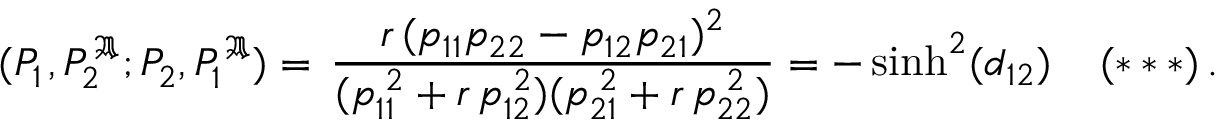
\displaystyle ( P _ { 1 } ^ { \, } , P _ { 2 } ^ { \, \mathfrak { A } } ; P _ { 2 } ^ { \, } , P _ { 1 } ^ { \, \mathfrak { A } } ) = \, \frac { r \, ( p _ { 1 1 } p _ { 2 2 } - p _ { 1 2 } p _ { 2 1 } ) ^ { 2 } } { ( p _ { 1 1 } ^ { \; 2 } + r \, p _ { 1 2 } ^ { \; 2 } ) ( p _ { 2 1 } ^ { \; 2 } + r \, p _ { 2 2 } ^ { \; 2 } ) } = - \sinh ^ { 2 } ( d _ { 1 2 } ) \; \; \; \; ( * * * ) \, .